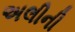
અલીની